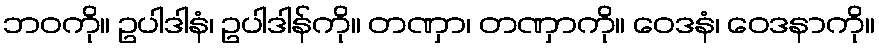
ဘဝကို။ ဥပါဒါနံ၊ ဥပါဒါန်ကို။ တဏှာ၊ တဏှာကို။ ဝေဒနံ၊ ဝေဒနာကို။